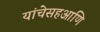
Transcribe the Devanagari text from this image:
यांचेसहआणि